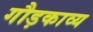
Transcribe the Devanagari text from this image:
गौड़काव्य